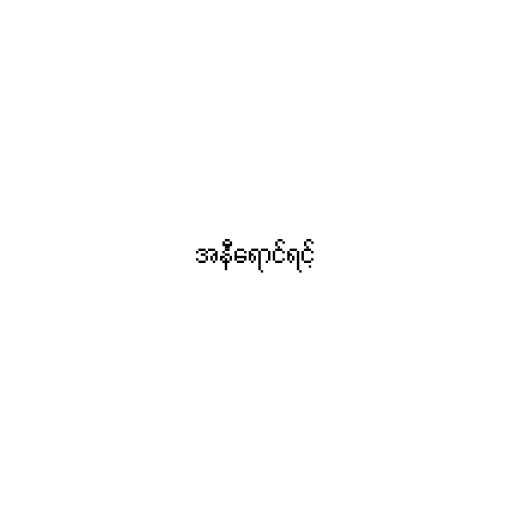
အနီရောင်ရင့်